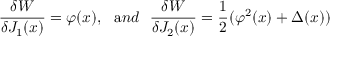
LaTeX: \frac { \delta W } { \delta J _ { 1 } ( x ) } = \varphi ( x ) , ~ ~ { \mathrm { a } n d } ~ ~ \frac { \delta W } { \delta J _ { 2 } ( x ) } = \frac { 1 } { 2 } ( \varphi ^ { 2 } ( x ) + \Delta ( x ) )